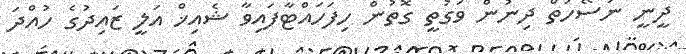
ދީނީ ނަސޭހަތް ދިނުން ވަގުތީ ގޮތުން ހިފަހައްޓާފައިވާ ޝެއިޚް އަލީ ޒައިދުގެ ހުއްދަ